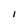
Character: I